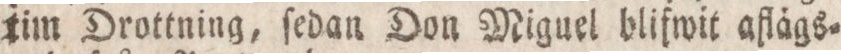
tim Drottning, ſedan Don Miguel blifwit aflägs=